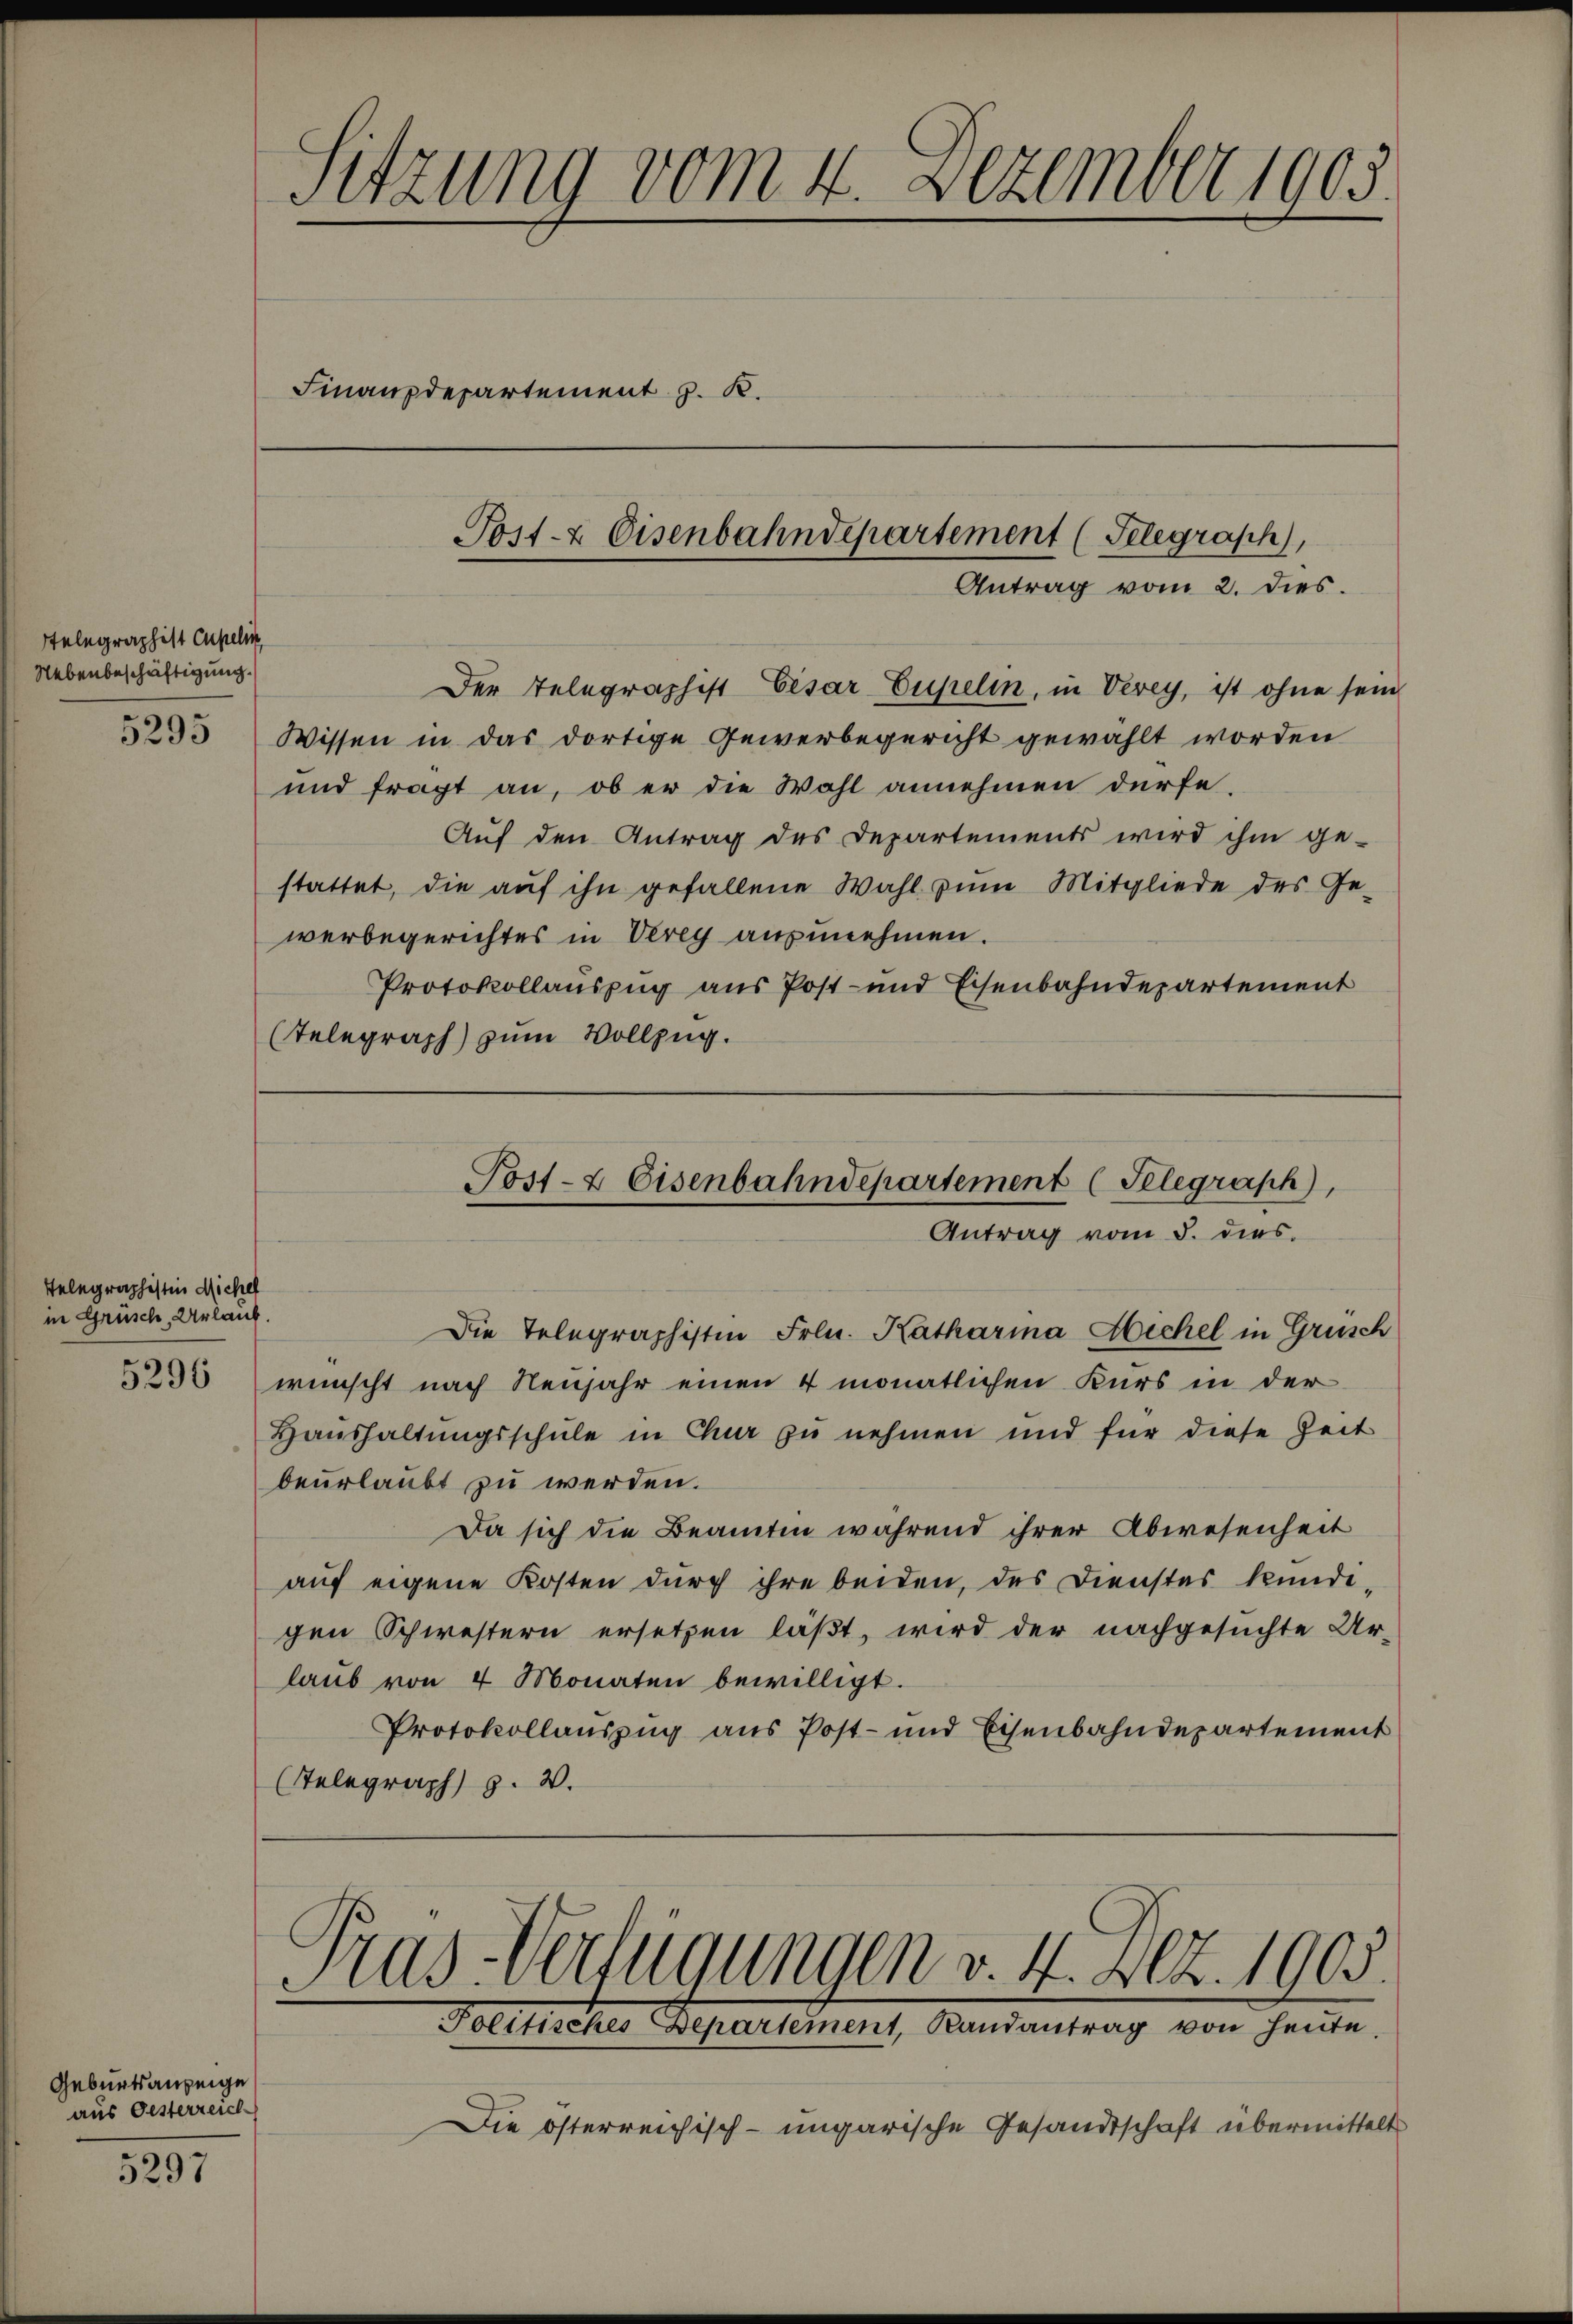
Telegraphist Cupelin
Nebenbeschäftigung.
5295

Telegraphistin Michel
in Grüsch, Urlaub.

Geburtsanzeige
aus Gesterreich

5297

Sitzung vom 4. Dezember 1905.
Finanzdepartement z. K.

Post- & Eisenbahndepartement (Telegraph,

Antrag vom 2. dies.

Der Telegraphist Eisar Eupelin, in Vevey, ist ohne sein
Wissen in das dortige Gewerbegericht gewählt worden
und fragt an, ob er die Wohl annehmen dürfe.
Auf den Antrag des Departements wird ihm ge-
stattet, die aŭf ihn gefallene Wahl zum Mitgliede des Ge-
werbegerichtes in Verey anzunehmen.
Protokollauszug aus Post- und Eisenbahndepartement
(Telegraph zum Vollzug.

Post- & Eisenbahndepartement (Telegraph),
Antrag vom 5. dies

Die Telegraphistin Frln. Katharina Hichel in Grusch
5233 wünscht nach Neujahr einen 4 monatlichen Kurs in der
Haushaltungsschule in Chur zu nehmen und für diese Zeit
beurlaubt zu werden.
Da sich die Beamten während ihrer Abwesenheit
auf eigene Kosten durch ihre beiden, des Dienstes kundi-
gen Schwestern ersetzen läßt, wird der nachgesuchte Ur-
laub von 4 Monaten bewilligt.
Protokollauszug aus Post- und Eisenbahndepartement
Telegraph z. v.

Trus-Verfügungen v. 4. Dez. 1905.
Politisches Departement, Randantrag von heŭte.

Die österreichisch-ungarische Gesandtschaft übermittelt